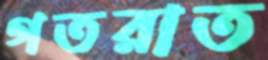
গতরাত